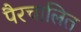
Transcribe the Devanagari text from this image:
पैरचालित